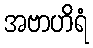
အဗာဟိရံ